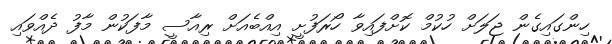
ހިންގައިގެން ޖަލަށް ހުކުމް ކޮށްފައިވާ ހޯރަފުށީ އިއްބެއަށް ރިއާސީ މާފަކުން މާފު ދެއްވައި